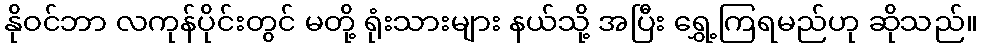
နိုဝင်ဘာ လကုန်ပိုင်းတွင် မတို့ ရုံးသားများ နယ်သို့ အပြီး ရွှေ့ကြရမည်ဟု ဆိုသည်။